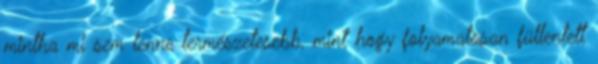
mintha mi sem lenne természetesebb, mint hogy folyamatosan füllentett